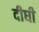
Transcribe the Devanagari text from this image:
दीघी